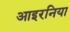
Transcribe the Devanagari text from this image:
आइरनिया